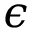
\epsilon